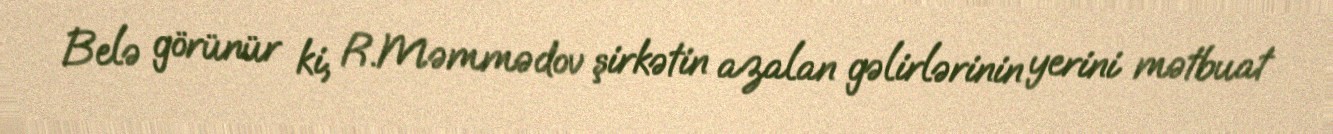
Belə görünür ki, R.Məmmədov şirkətin azalan gəlirlərinin yerini mətbuat